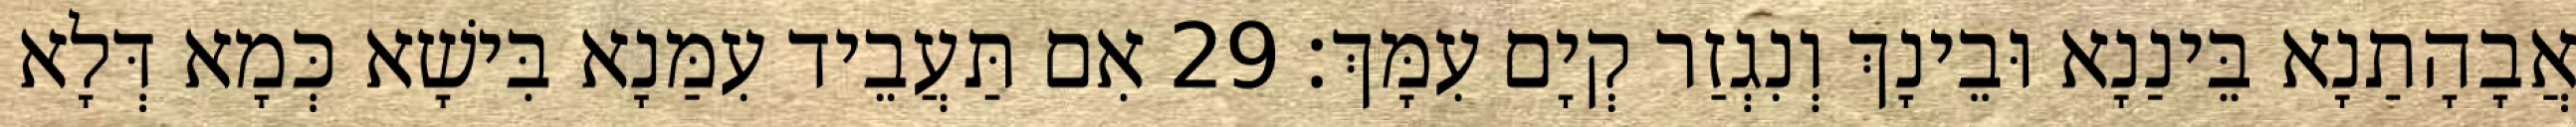
אֲבָהָתַנָא בֵּינַנָא וּבֵינָךְ וְנִגְזַר קְיָם עִמָּךְ׃ 29 אִם תַּעֲבֵיד עִמַּנָא בִּישָׁא כְּמָא דְּלָא